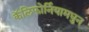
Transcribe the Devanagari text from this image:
कॅलिफोर्नियामधुन